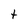
Character: t